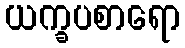
ယက္ခပစာရော